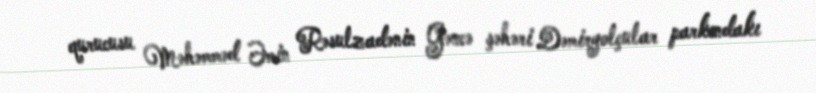
qurucusu Məhəmməd Əmin Rəsulzadənin Gəncə şəhəri Dəmiryolçular parkındakı